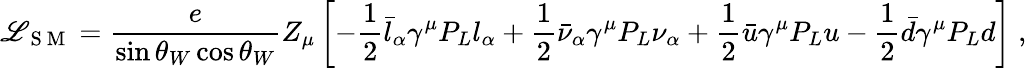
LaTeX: \mathscr{L}_{\mathrm{~S~M~}}=\frac{e}{\sin\theta_{W}\cos\theta_{W}}Z_{\mu}\left[-\frac{1}{2}\bar{l}_{\alpha}\gamma^{\mu}P_{L}l_{\alpha}+\frac{1}{2}\bar{\nu}_{\alpha}\gamma^{\mu}P_{L}\nu_{\alpha}+\frac{1}{2}\bar{u}\gamma^{\mu}P_{L}u-\frac{1}{2}\bar{d}\gamma^{\mu}P_{L}d\right]\; ,